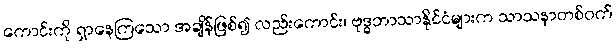
ကောင်းကို ရှာနေကြသော အချိန်ဖြစ်၍ လည်းကောင်း၊ ဗုဒ္ဓဘာသာနိုင်ငံများက သာသနာတစ်ဝက်